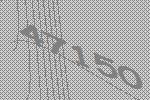
47150